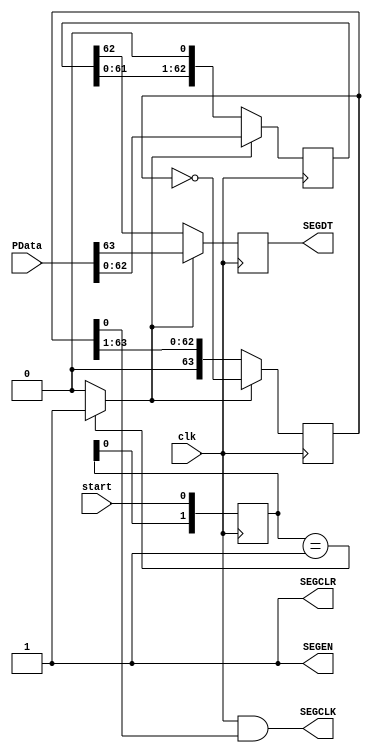
`timescale 1ns / 1ps
//////////////////////////////////////////////////////////////////////////////////
// Company: 
// Engineer: 
// 
// Design Name: 
// Module Name:    DisplayResult 
// Project Name: 
// Target Devices: 
// Tool versions: 
// Description: 
//
// Dependencies: 
//
// Revision: 
// Revision 0.01 - File Created
// Additional Comments: 
//
//////////////////////////////////////////////////////////////////////////////////
module DisplayResult(clk, start, PData, SEGCLK, SEGCLR, SEGDT, SEGEN);
input wire clk;
input wire start;
input wire [63:0] PData;
output wire SEGCLK; 
output wire SEGCLR;
output reg SEGDT;
output wire SEGEN;

parameter Shift_NUM = 64;

reg [Shift_NUM - 2:0] num_shift;
reg [Shift_NUM - 1:0] counter = 0;
reg [1:0] samp;

wire shift = (samp == 2'b01) ? 1 : 0;
always @ (posedge clk)
	samp <= {samp[0], start};

always @ (posedge clk)
begin
	if(shift)
	begin
		num_shift <= PData[Shift_NUM - 2:0];
		SEGDT <= PData[Shift_NUM - 1];
		counter <= ~counter;
	end
	else
	begin
		num_shift <= {num_shift[Shift_NUM - 3:0], 1'b0};
		SEGDT <= num_shift[Shift_NUM - 2];
		counter <= {1'b0, counter[Shift_NUM - 1:1]};
	end
end

assign SEGCLK = clk & counter[0];
assign SEGCLR = 1;
assign SEGEN = 1'b1;

endmodule